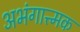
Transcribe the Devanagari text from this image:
अभंगात्त्मक